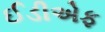
ઈડીએફ